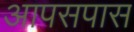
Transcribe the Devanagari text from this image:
आपसपास